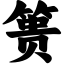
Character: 篑